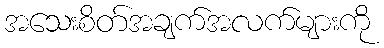
အသေးစိတ်အချက်အလက်များကို